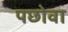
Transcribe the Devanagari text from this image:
पछोवा